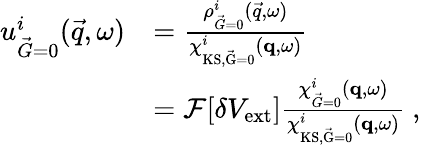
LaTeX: \begin{array}{rl}{{u_{\vec{G}=0}^{i}(\vec{q},\omega)}}&{=\frac{\rho_{\vec{G}=0}^{i}(\vec{q},\omega)}{\chi_{\mathrm{KS,\vec{G}=0}}^{i}(\mathbf{q},\omega)}}\\ &{=\mathcal{F}[\delta V_{\mathrm{ext}}]\frac{\chi_{\vec{G}=0}^{i}(\mathbf{q},\omega)}{\chi_{\mathrm{KS,\vec{G}=0}}^{i}(\mathbf{q},\omega)}\ ,}\end{array}